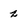
Character: z